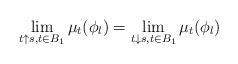
LaTeX: \begin{align*}\lim _{t \uparrow s, t \in B_1} \mu _t (\phi _l) = \lim _{t\downarrow s, t\in B_1} \mu _t (\phi _l) \end{align*}